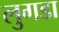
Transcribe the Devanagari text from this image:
लुगडा